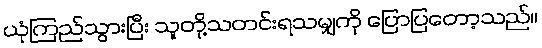
ယုံကြည်သွားပြီး သူတို့သတင်းရသမျှကို ပြောပြတော့သည်။